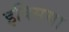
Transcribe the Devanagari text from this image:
इक्सिया